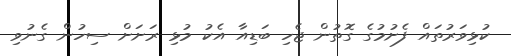
ކުޅިވަރުތައް ފެށުމުގެ ގޮތުން ޖެހި ބަޑިއާ އެކު މުޅި ރަށަށް ސިހުން ގެނުވި